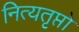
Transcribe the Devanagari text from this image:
नित्यतृप्तो